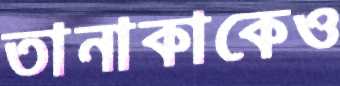
তানাকাকেও